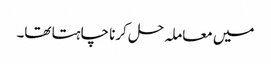
میں معاملہ حل کرنا چاہتا تھا۔